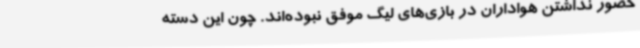
حضور نداشتن هواداران در بازی‌های لیگ موفق نبوده‌اند. چون این دسته